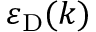
\varepsilon _ { \mathrm { D } } ( k )